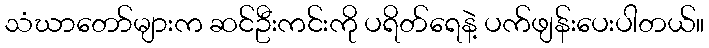
သံဃာတော်များက ဆင်ဦးကင်းကို ပရိတ်ရေနဲ့ ပက်ဖျန်းပေးပါတယ်။